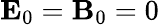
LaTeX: \mathbf{E}_{0}=\mathbf{B}_{0}=0